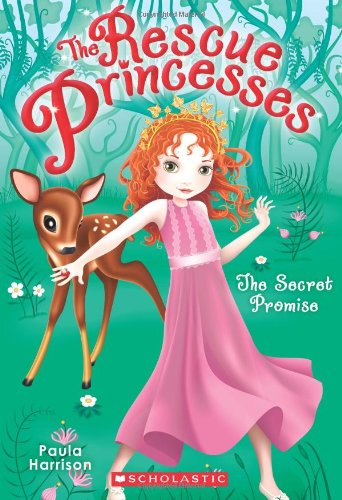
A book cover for The Rescue Princesses #1: Secret Promise; Paula Harrison; Children's Books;